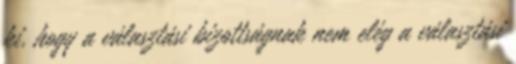
ki, hogy a választási bizottságnak nem elég a választási